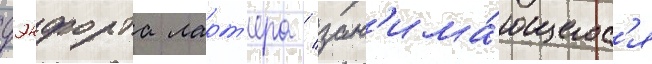
дэнфорта ларт'ера / зан'има́ющегос'я